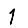
Digit: 1